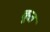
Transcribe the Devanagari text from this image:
कूत